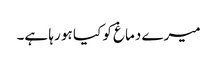
میرے دماغ کو کیا ہو رہا ہے۔